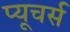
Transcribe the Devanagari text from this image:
प्यूचर्स